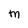
Character: M